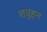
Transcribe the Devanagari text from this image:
शत्रुहन